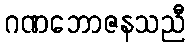
ဂဏဘောဇနသညီ